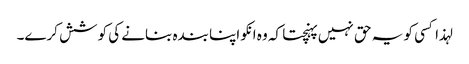
لہذا کسی کو یہ حق نہیں پہنچتا کہ وہ انکو اپنا بندہ بنانے کی کوشش کرے۔